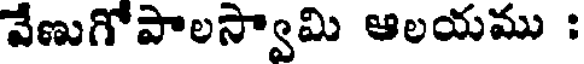
వేణుగోపాలస్వామి ఆలయము :